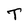
Character: T